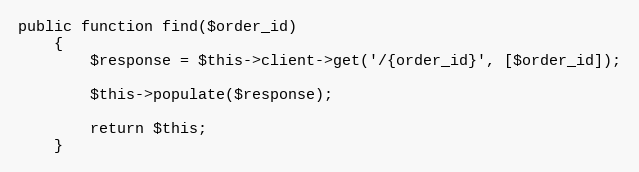
Language: PHP
public function find($order_id)
    {
        $response = $this->client->get('/{order_id}', [$order_id]);

        $this->populate($response);

        return $this;
    }